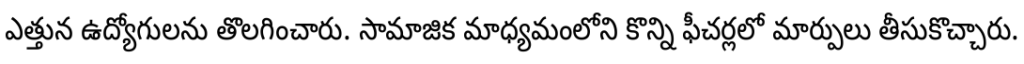
ఎత్తున ఉద్యోగులను తొలగించారు. సామాజిక మాధ్యమంలోని కొన్ని ఫీచర్లలో మార్పులు తీసుకొచ్చారు.